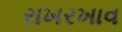
રાખરખાવ